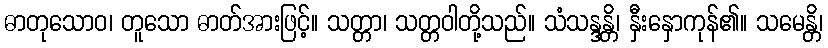
ဓာတုသောဝ၊ တူသော ဓာတ်အားဖြင့်။ သတ္တာ၊ သတ္တဝါတို့သည်။ သံသန္ဒန္တိ၊ နှီးနှောကုန်၏။ သမေန္တိ၊